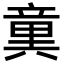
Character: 𥪢